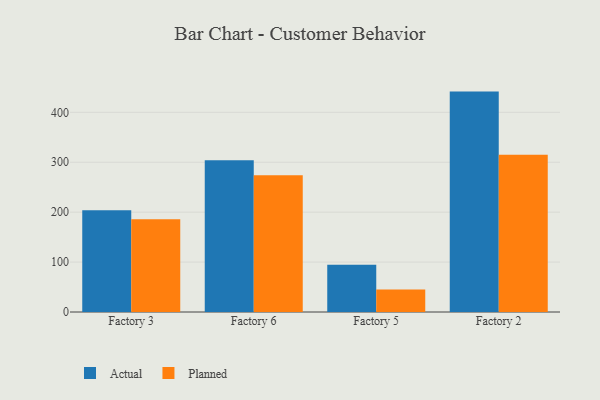
{"axis": {"x": "Factory", "y": "Churn Rate (%)"}, "legend": ["Actual", "Planned"], "data": [{"x": "Factory 3", "y": 203.7, "type": "Actual"}, {"x": "Factory 3", "y": 185.7, "type": "Planned"}, {"x": "Factory 6", "y": 304.2, "type": "Actual"}, {"x": "Factory 6", "y": 273.7, "type": "Planned"}, {"x": "Factory 5", "y": 94.4, "type": "Actual"}, {"x": "Factory 5", "y": 45.3, "type": "Planned"}, {"x": "Factory 2", "y": 441.5, "type": "Actual"}, {"x": "Factory 2", "y": 315.1, "type": "Planned"}]}